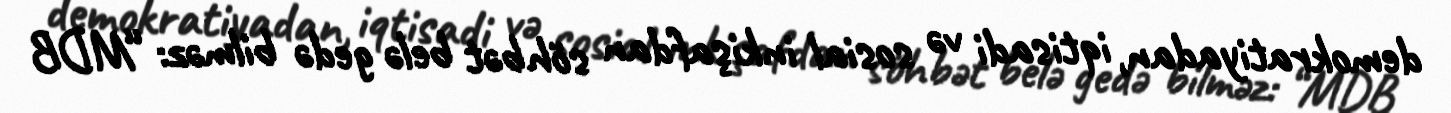
demokratiyadan, iqtisadi və sosial inkişafdan söhbət belə gedə bilməz: “MDB